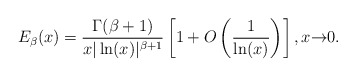
\begin{align*}E_{\beta}(x)=\frac{\Gamma(\beta+1)}{x | \ln (x)|^{\beta+1}}\left[1+O\left(\frac{1}{ \ln (x)}\right)\right],x{\to}0.\end{align*}